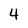
Character: 4